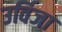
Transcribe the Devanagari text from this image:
उर्विजा